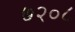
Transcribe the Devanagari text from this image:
७२०८